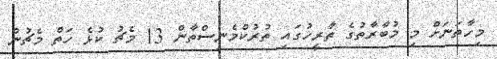
މިހާތަނަށް މި މުބާރާތުގެ ތާރީހުގައި ތުރުކްމެނިސްތާން 13 މެޗު ކުޅެ ހަތް މެޗުން